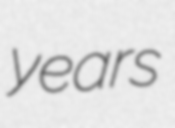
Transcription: years